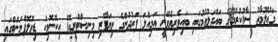
މަޢުލޫމާތު ސާފުކުރުމުގެ ބައްދަލުވުމުގައި ބައިވެރިވެވޭނީ އަމިއްލަ ފަރުދުންގެ ވިޔަފާރި މިނިސްޓްރީއޮފް އިކޮނޮމިކް ޑިވޮލޮޕްމަންޓްގައި